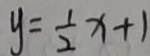
y = \frac { 1 } { 2 } x + 1